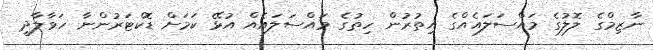
ނާޒިމްގެ ލޮލުގެ މައްސަލައެއްގެ އިތުރުން ހިތުގެ މައްސަލައެއް އުޅޭ ކަމަށް ޑޮކްޓަރުންނާ ހަވާލާދީ